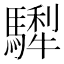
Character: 𩥴